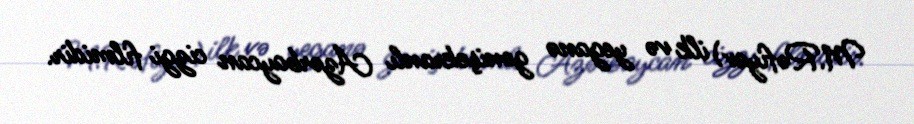
M.Rəfiyev) ilk və yeganə genişekranlı Azərbaycan cizgi filmidir.